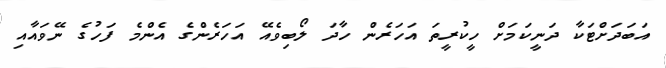
އަބަދަށްޓަކާ ދަނީކަމަށް ހީކުރީތަ އަހަރެން ހާދަ ލޯބިވެއޭ އަހަރެންގެ އެންމެ ފަހުގެ ނޭވައާއި